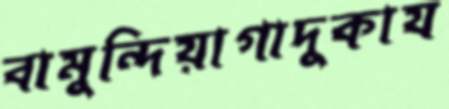
বামুন্দিয়াগাদুকায